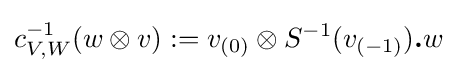
c_{V,W}^{-1}(w\otimes v):=v_{(0)}\otimes S^{-1}(v_{(-1)}){\boldsymbol {.}}w